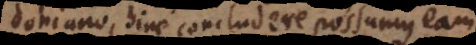
doniano, hinc concludere possumus eam